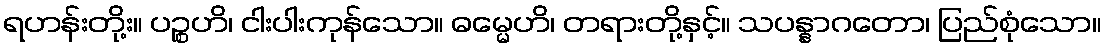
ရဟန်းတို့း။ ပဉ္စဟိ၊ ငါးပါးကုန်သော။ ဓမ္မေဟိ၊ တရားတို့နှင့်။ သပန္နာဂတော၊ ပြည်စုံသော။